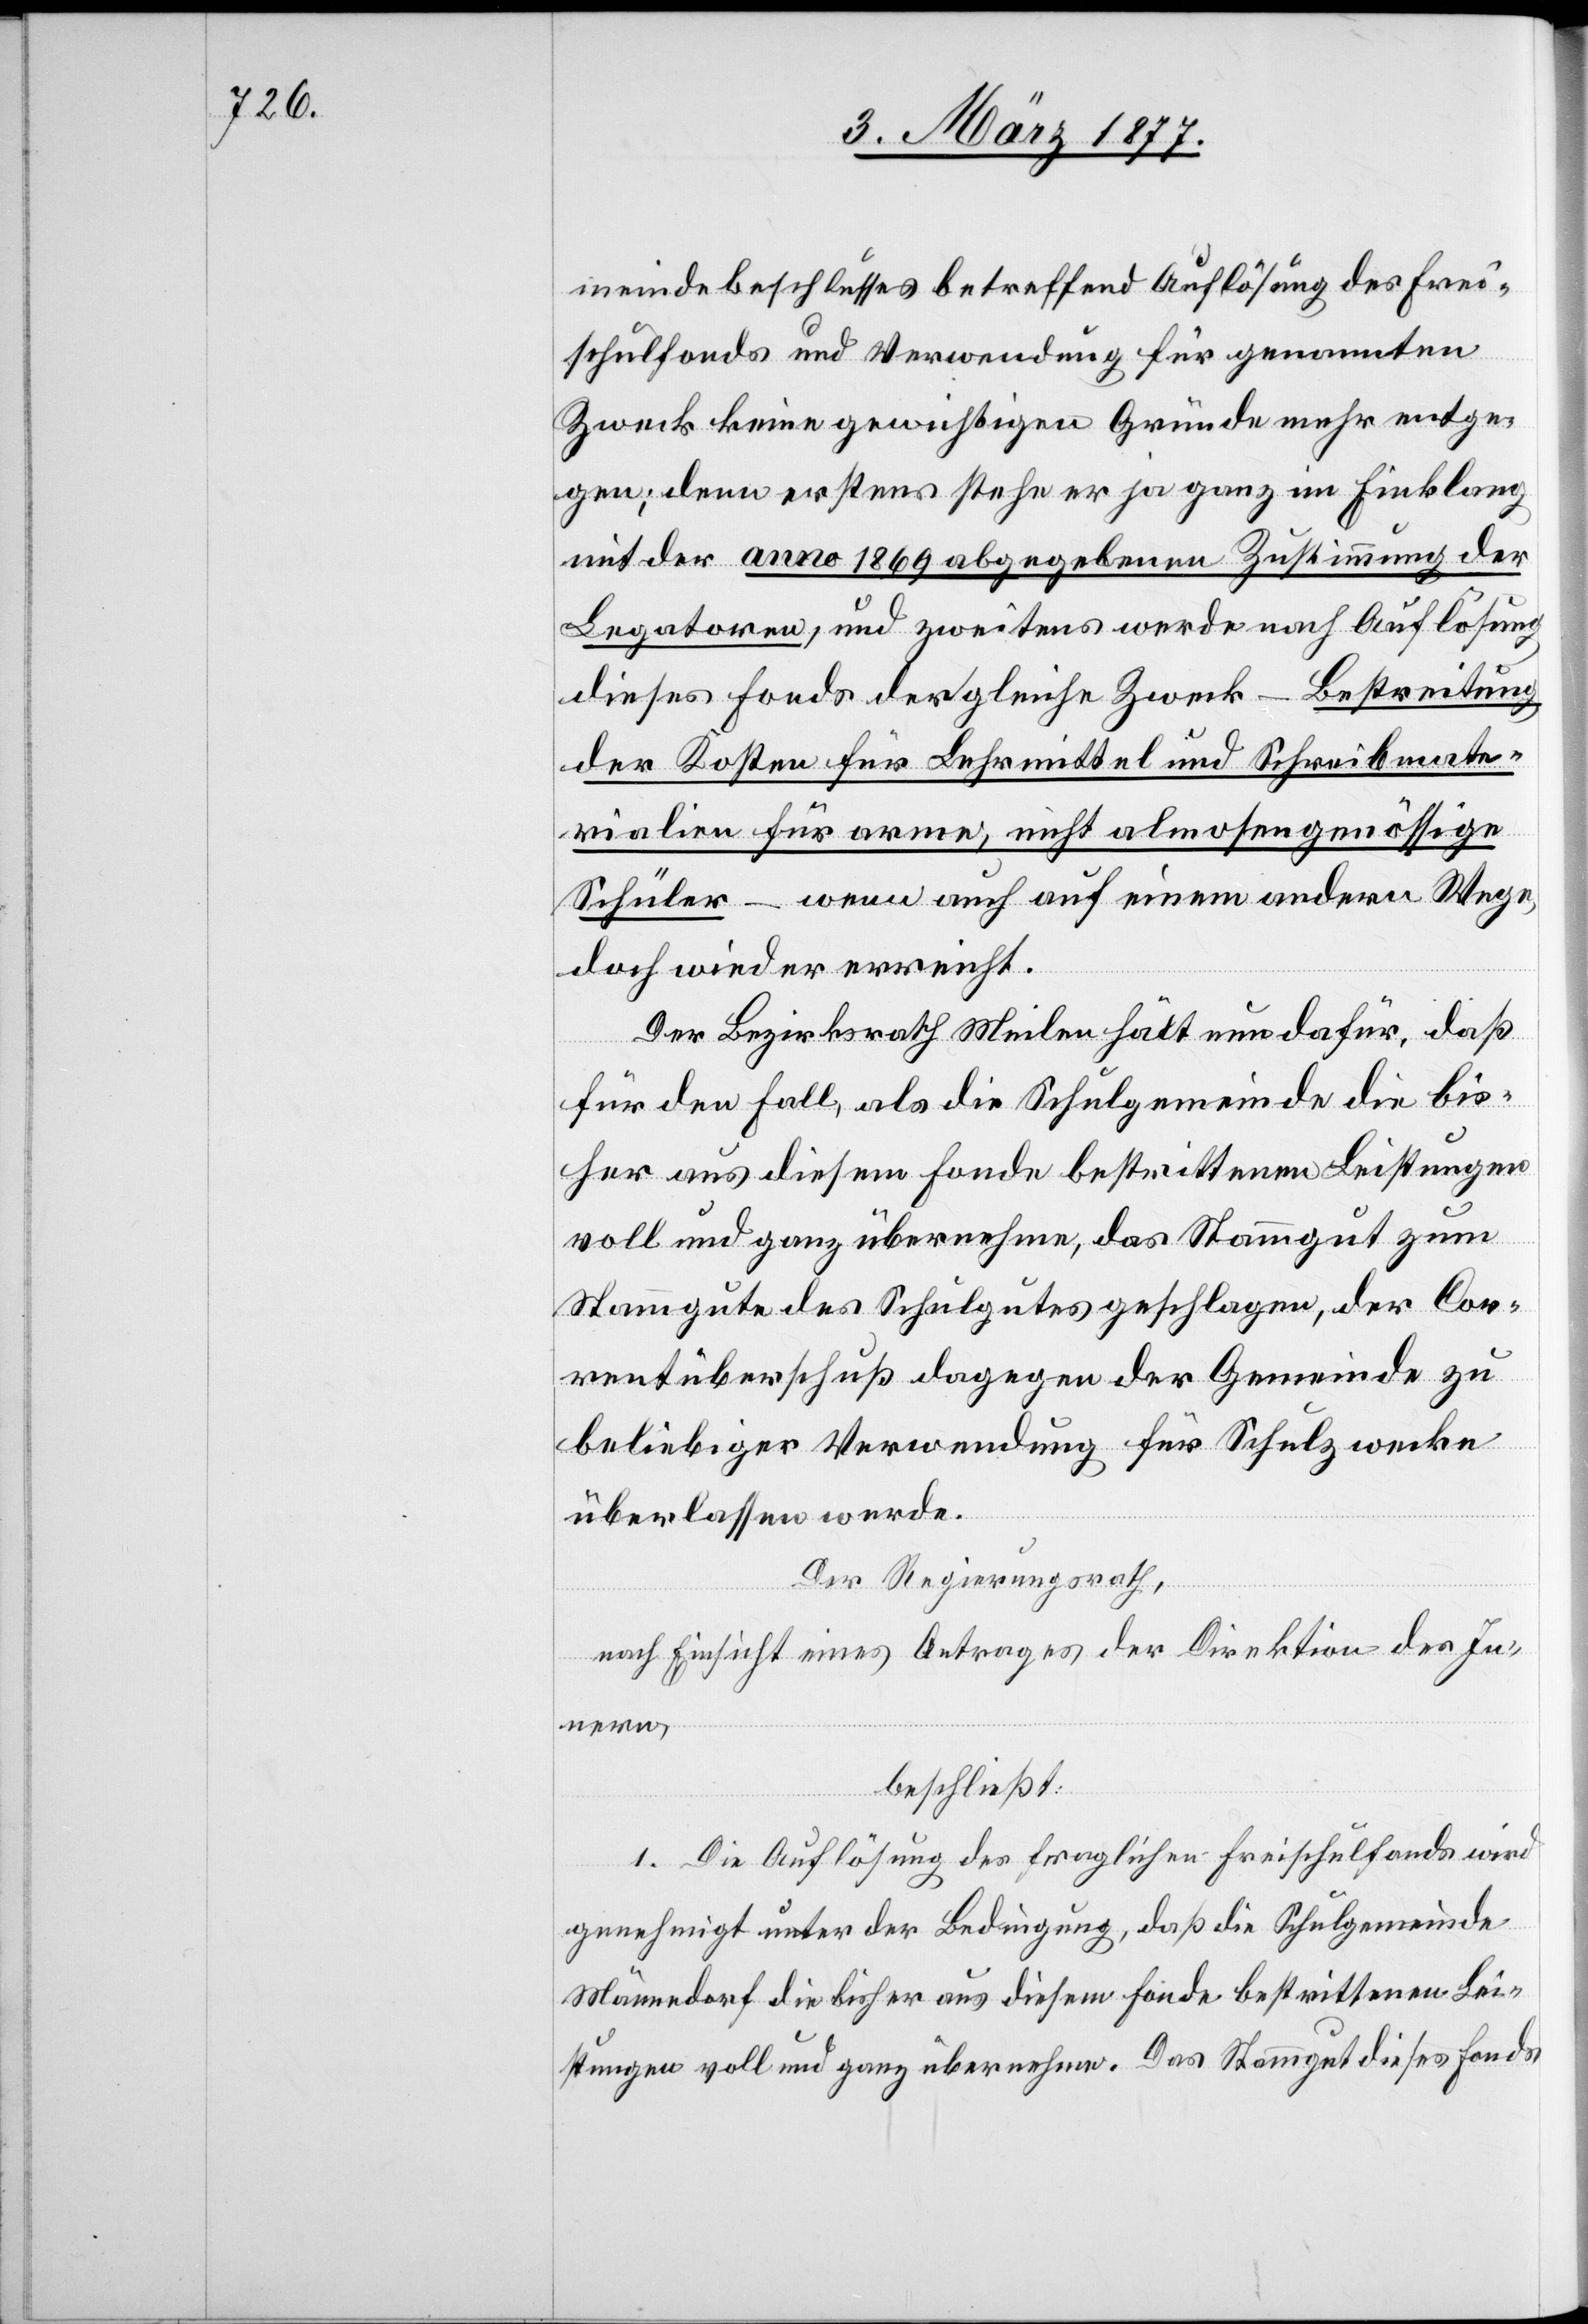
meindebeschlusses betreffend Auflösung des Frei¬
schulfonds und Verwendung für genannten
Zweck keine gewichtigen Gründe mehr entge¬
gen; denn erstens stehe er ja ganz im Einklang
mit der anno 1869 abgegebenen Zustimmung der
Legatoren, und zweitens werde nach Auflösung
dieses Fonds der gleiche Zweck – Bestreitung
der Kosten für Lehrmittel und Schreibmate¬
rialien für arme, nicht almosengenössige
Schüler – wenn auch auf einem andern Wege,
doch wieder errichtet.
Der Bezirksrath Meilen hält nun dafür, daß
für den Fall, als die Schulgemeinde die bis¬
her aus diesem Fonde bestrittenen Leistungen
voll und ganz übernehme, das Stammgut zum
Stammgute des Schulgutes geschlagen, der Cor¬
rentüberschuß dagegen der Gemeinde zu
beliebiger Verwendung für Schulzwecke
überlassen werde.
Der Regierungsrath,
nach Einsicht eines Antrages der Direktion des In¬
nern,
beschließt:
1. Die Auflösung des fraglichen Freischulfonds wird
genehmigt unter der Bedingung, daß die Schulgemeinde
Männedorf die bisher aus diesem Fonde bestrittenen Lei¬
stungen voll und ganz übernehme. Das Stammgut dieses Fonds